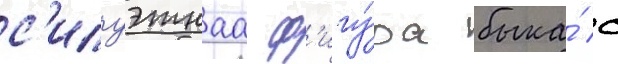
с'илуэтнаа ф'игу́ра быка́ с